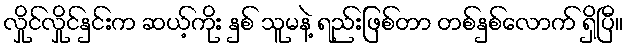
လှိုင်လှိုင်နှင်းက ဆယ့်ကိုး နှစ် သူမနဲ့ ရည်းဖြစ်တာ တစ်နှစ်လောက် ရှိပြီ။